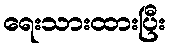
ရေးသားထားပြီး